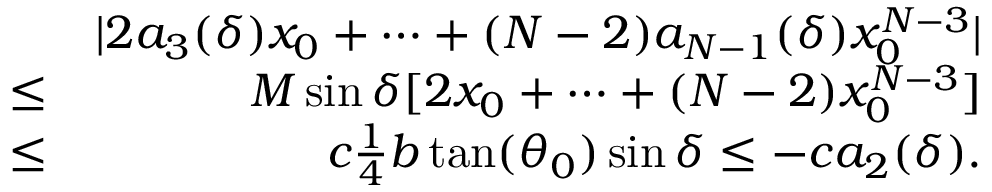
\begin{array} { r l r } & { } & { | 2 a _ { 3 } ( \delta ) x _ { 0 } + \cdots + ( N - 2 ) a _ { N - 1 } ( \delta ) x _ { 0 } ^ { N - 3 } | } \\ & { \leq } & { M \sin \delta [ 2 x _ { 0 } + \cdots + ( N - 2 ) x _ { 0 } ^ { N - 3 } ] } \\ & { \leq } & { c \frac { 1 } { 4 } b \tan ( \theta _ { 0 } ) \sin \delta \leq - c a _ { 2 } ( \delta ) . } \end{array}